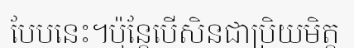
បែបនេះ។ប៉ុន្តែបើសិនជាប្រិយមិត្ត